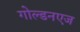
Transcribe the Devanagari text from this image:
गोल्डनएज